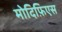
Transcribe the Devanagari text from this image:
मोदिफ़िएस